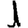
Digit: 1